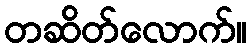
တဆိတ်လောက်။